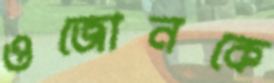
ওজোনকে